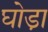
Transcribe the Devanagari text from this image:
घोडा़